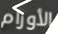
الأورام